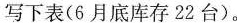
写下表(6月底库存22台)。